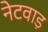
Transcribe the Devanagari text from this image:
नेटवाड़